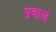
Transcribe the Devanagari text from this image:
प्रवालं